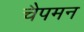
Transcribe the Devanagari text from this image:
चैपमन